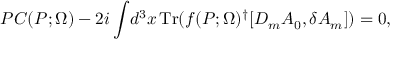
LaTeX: P C ( P ; \Omega ) - 2 i \int \! d ^ { 3 } x \, \mathrm { T r } ( f ( P ; \Omega ) ^ { \dagger } [ D _ { m } A _ { 0 } , \delta A _ { m } ] ) = 0 ,